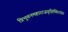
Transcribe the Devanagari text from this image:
त्रिभुवनमहाराजगृहिणि॥१४॥